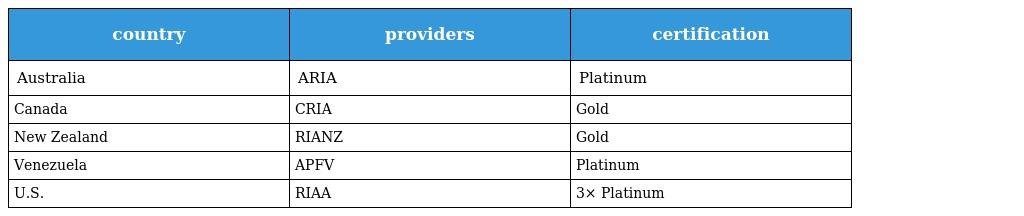
| country | providers | certification |
 | --- | --- | --- |
 | Australia | ARIA | Platinum |
 | Canada | CRIA | Gold |
 | New Zealand | RIANZ | Gold |
 | Venezuela | APFV | Platinum |
 | U.S. | RIAA | 3× Platinum |